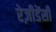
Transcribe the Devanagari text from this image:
रेज़ीडेंसी